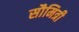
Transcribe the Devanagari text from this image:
सौमित्री